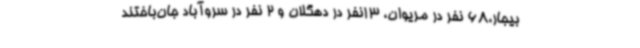
بیجار،68 نفر در مریوان، 13نفر در دهگلان و 2 نفر در سروآباد جان‌باختند